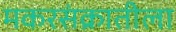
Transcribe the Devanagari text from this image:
मकरसंक्रातीला